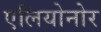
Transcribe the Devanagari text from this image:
एलियोनोर